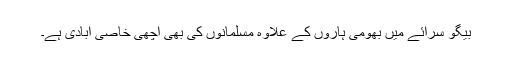
بیگو سرائے میں بھومی ہاروں کے علاوہ مسلمانوں کی بھی اچھی خاصی آبادی ہے۔